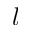
l